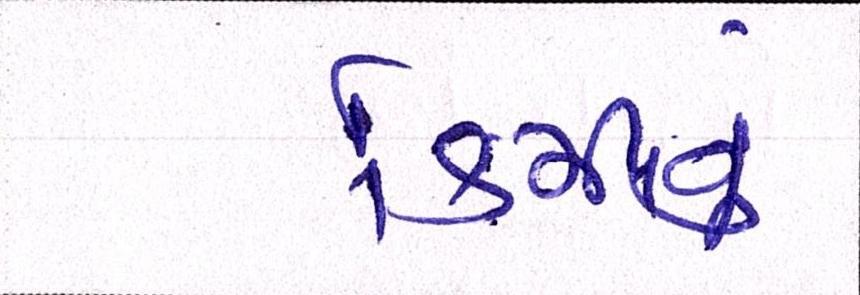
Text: કિમીનું